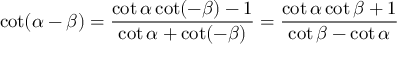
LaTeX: \cot ( \alpha - \beta ) = { \frac { \cot \alpha \cot ( - \beta ) - 1 } { \cot \alpha + \cot ( - \beta ) } } = { \frac { \cot \alpha \cot \beta + 1 } { \cot \beta - \cot \alpha } }